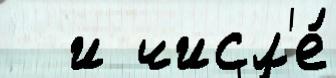
  и числ'е́